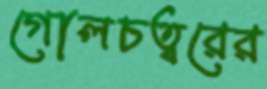
গোলচত্বরের